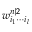
\boldsymbol { w _ { i _ { 1 } \cdots i _ { l } } ^ { n | 2 } }